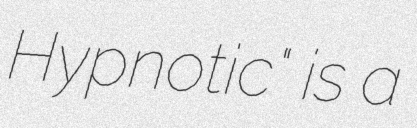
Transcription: Hypnotic" is a